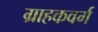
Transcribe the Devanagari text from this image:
ग्राहकवर्ग